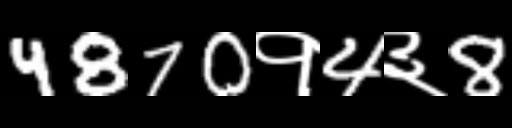
Text: 4870१4३8